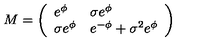
M = \left( \begin{array} { l l } { e ^ { \phi } } & { \sigma e ^ { \phi } } \\ { \sigma e ^ { \phi } } & { e ^ { - \phi } + \sigma ^ { 2 } e ^ { \phi } } \\ \end{array} \right)